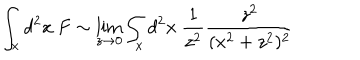
\int _ { x } d ^ { 2 } x \ F \sim \lim _ { z \rightarrow 0 } \int _ { x } d ^ { 2 } x \ { \frac { 1 } { z ^ { 2 } } } { \frac { z ^ { 2 } } { ( x ^ { 2 } + z ^ { 2 } ) ^ { 2 } } }